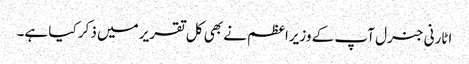
اٹارنی جنرل آپ کے وزیراعظم نے بھی کل تقریر میں ذکر کیا ہے۔